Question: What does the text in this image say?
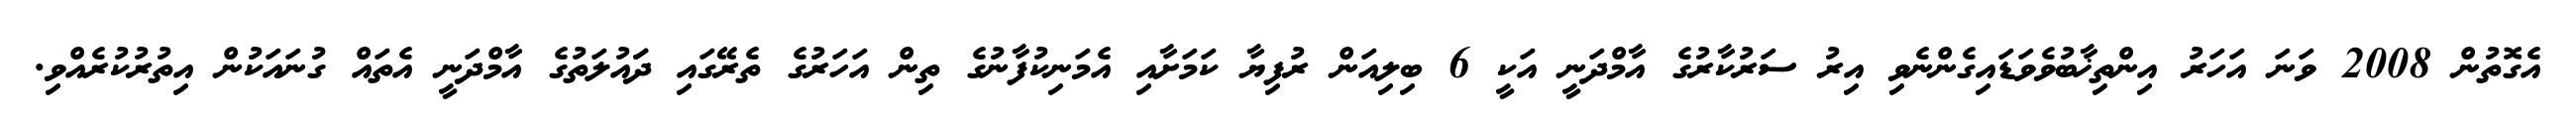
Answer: އެގޮތުން 2008 ވަނަ އަހަރު އިންތިޚާބުވެވަޑައިގެންނެވި އިރު ސަރުކާރުގެ އާމްދަނީ އަކީ 6 ބިލިއަން ރުފިޔާ ކަމަށާއި އެމަނިކުފާނުގެ ތިން އަހަރުގެ ތެރޭގައި ދަައުލަތުގެ އާމްދަނީ އެތައް ގުނައަކުން އިތުރުކުރެއްވި.